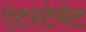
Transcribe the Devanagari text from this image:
एंटरटेमेंट